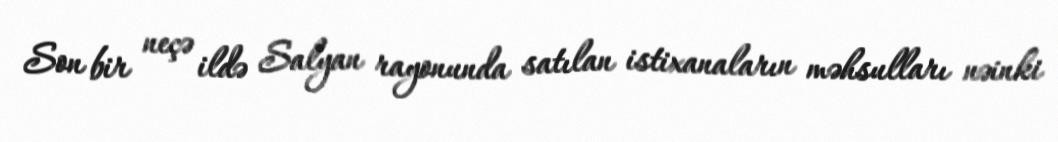
Son bir neçə ildə Salyan rayonunda satılan istixanaların məhsulları nəinki